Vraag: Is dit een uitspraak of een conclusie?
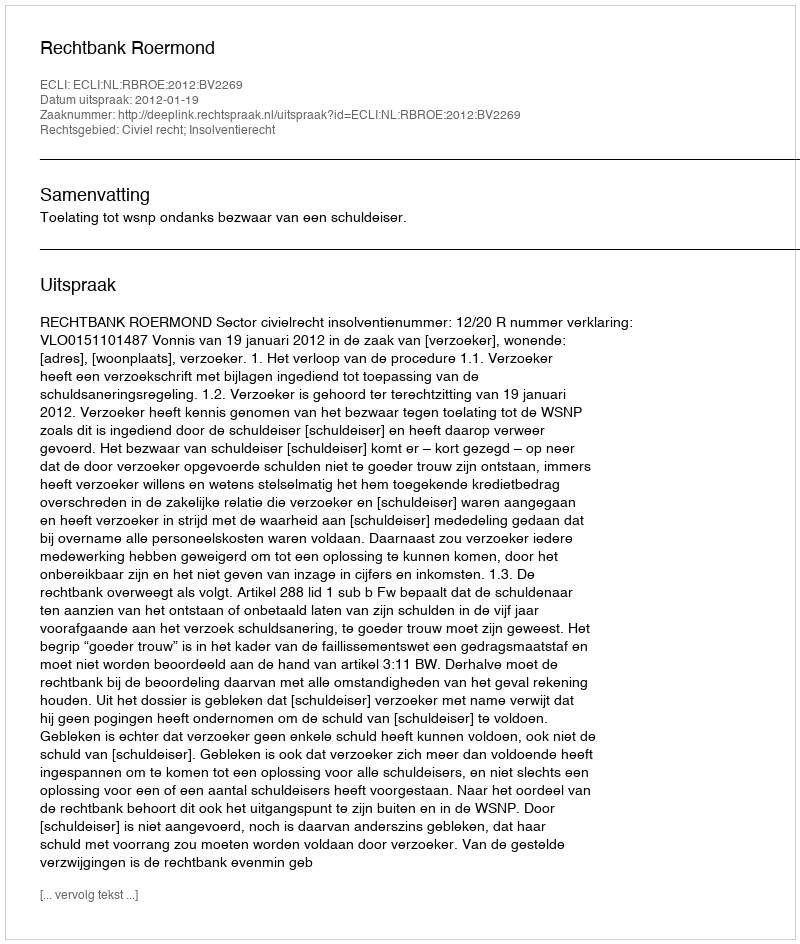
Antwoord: Uitspraak